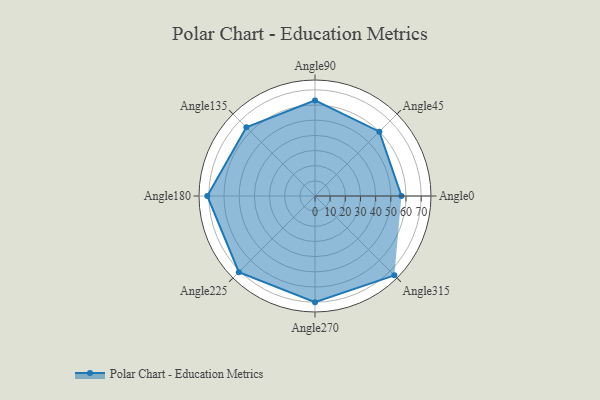
{"axis": {"x": "Angle", "y": "Radius"}, "legend": [""], "data": [{"x": "Angle0", "y": 57.0, "type": ""}, {"x": "Angle45", "y": 60.0, "type": ""}, {"x": "Angle90", "y": 63.0, "type": ""}, {"x": "Angle135", "y": 64.0, "type": ""}, {"x": "Angle180", "y": 71.0, "type": ""}, {"x": "Angle225", "y": 71.0, "type": ""}, {"x": "Angle270", "y": 70.0, "type": ""}, {"x": "Angle315", "y": 74.0, "type": ""}]}